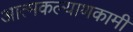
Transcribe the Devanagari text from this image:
आत्मकल्याणकामी